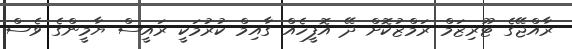
ރާއްޖޭގެ ޓޫރިޒަމް ރަމްޒުކޮށް ދޭ އޮފީހެއް ގާއިމް ކުރުމަކީ ރައީސް ޔާމީންގެ ވެސް